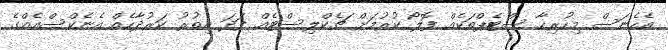
އެހެނަސް މިހުރިހާ ސްޓެޕްތަކެއް ފޮލޯ ކުރުމަށް ޗެކްލިސްޓެއް ފަދަ އިތުރު ކަރުދާހެއް އެނެކްސްއެއްގެ